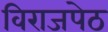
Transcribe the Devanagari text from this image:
विराजपेठ